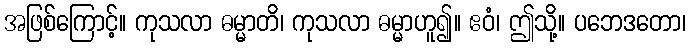
အဖြစ်ကြောင့်။ ကုသလာ ဓမ္မာတိ၊ ကုသလာ ဓမ္မာဟူ၍။ ဧဝံ၊ ဤသို့။ ပဘေဒတော၊